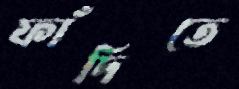
ফাঁদিতে